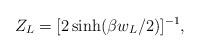
LaTeX: \begin{align*}Z_L=[2\sinh(\beta w_L/2)]^{-1},\end{align*}